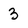
Character: 3